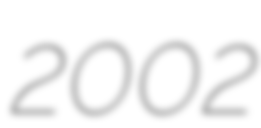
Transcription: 2002